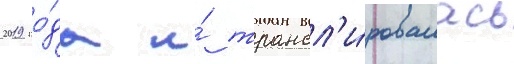
2019 го́да и́ трансл'и́ровалась